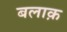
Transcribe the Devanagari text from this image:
बलाक़